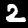
Label: 2